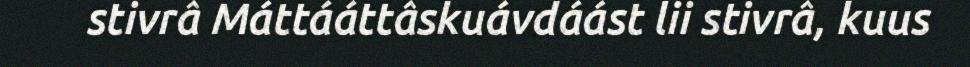
stivrâ Máttááttâskuávdáást lii stivrâ, kuus